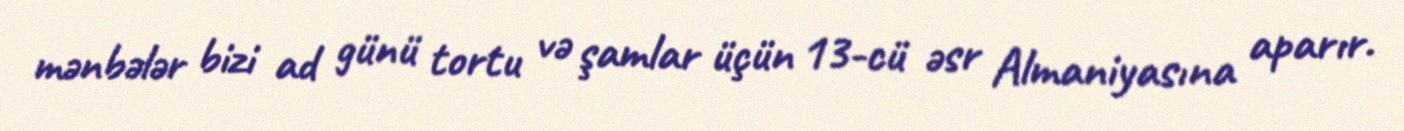
mənbələr bizi ad günü tortu və şamlar üçün 13-cü əsr Almaniyasına aparır.